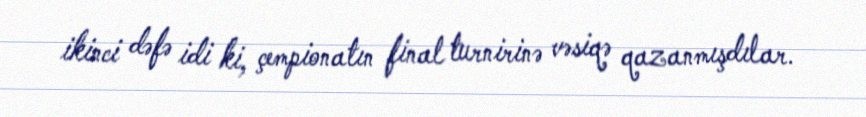
ikinci dəfə idi ki, çempionatın final turnirinə vəsiqə qazanmışdılar.